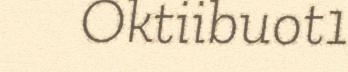
Oktiibuot1